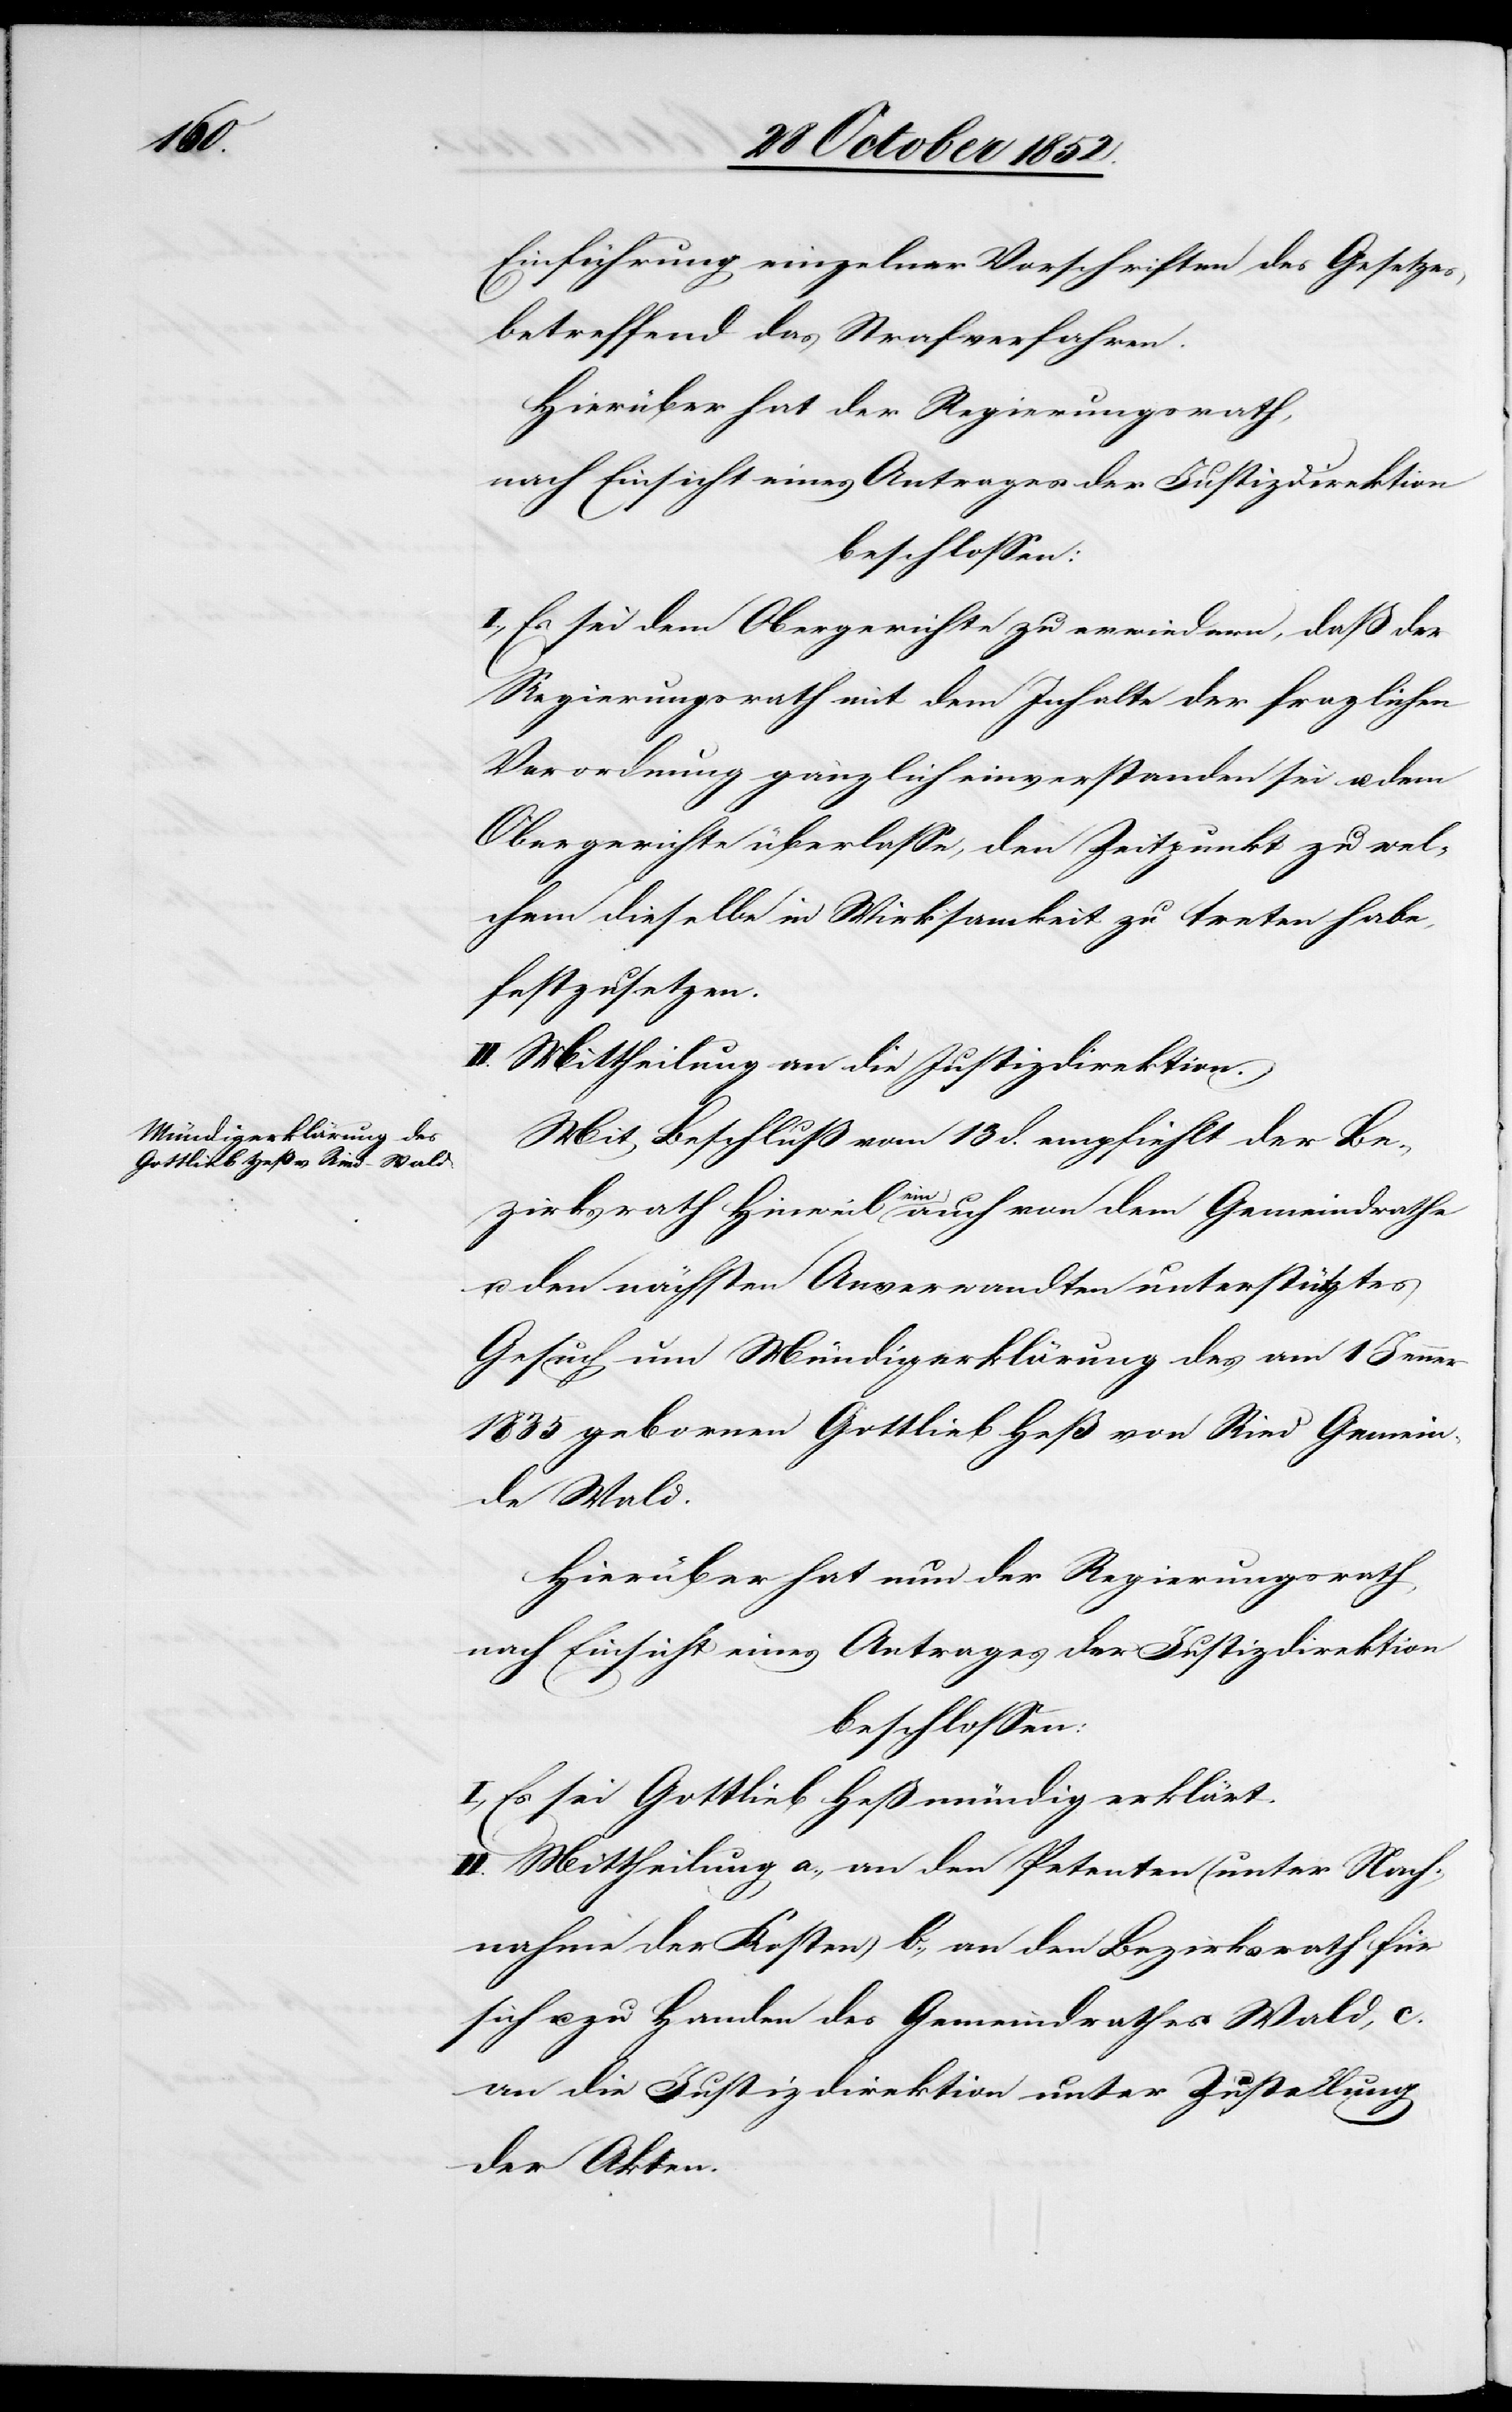
Einführung einzelner Vorschriften des Gesetzes
betreffend das Strafverfahren.
Hierüber hat der Regierungsrath,
beschlossen:
I., Es sei dem Obergerichte zu erwiedern, daß der
Regierungsrath mit dem Inhalte der fraglichen
Verordnung gänzlich einverstanden sei u. dem
Obergerichte überlasse, den Zeitpunkt zu wel¬
chem dieselbe in Wirksamkeit zu treten habe,
festzusetzen.
II. Mittheilung an die Justizdirektion.
Mit Beschluß vom 13 d. empfiehlt der Be¬
zirksrath Hinweil ein auch von dem Gemeindrathe
u. den nächsten Anverwandten unterstütztes
Gesuch um Mündigerklärung des am 1 Jenner
1835 gebornen Gottlieb Heß von Ried Gemein¬
de Wald.
Hierüber hat nun der Regierungsrath,
nach Einsicht eines Antrages der Justizdirektion
beschlossen:
I., Es sei Gottlieb Heß mündig erklärt.
II. Mittheilung a., an den Petenten (unter Nach¬
nahme der Kosten) b., an den Bezirksrath für
sich u. zu Handen des Gemeindrathes Wald, c.
an die Justizdirektion unter Zustellung
der Akten.